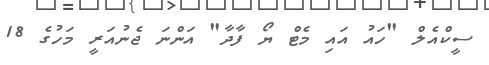
ސީކްއެލް "ހައު އައި މެޓް ޔޯ ފާދާ" އަންނަ ޖެނުއަރީ މަހުގެ 18